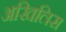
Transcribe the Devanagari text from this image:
अखिलिस